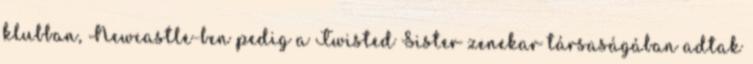
klubban, Newcastle-ben pedig a Twisted Sister zenekar társaságában adtak